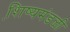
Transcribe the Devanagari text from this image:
शि़ष्यमंडळी